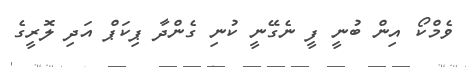
ވެމްކޯ އިން ބުނީ ފީ ނެގޭނީ ކުނި ގެންދާ ޕިކަޕް އަދި ލޮރީގެ